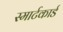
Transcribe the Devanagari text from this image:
स्मार्टकार्ड